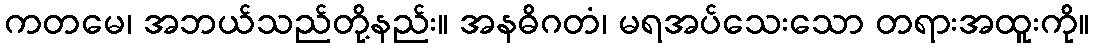
ကတမေ၊ အဘယ်သည်တို့နည်း။ အနဓိဂတံ၊ မရအပ်သေးသော တရားအထူးကို။